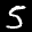
Label: 5